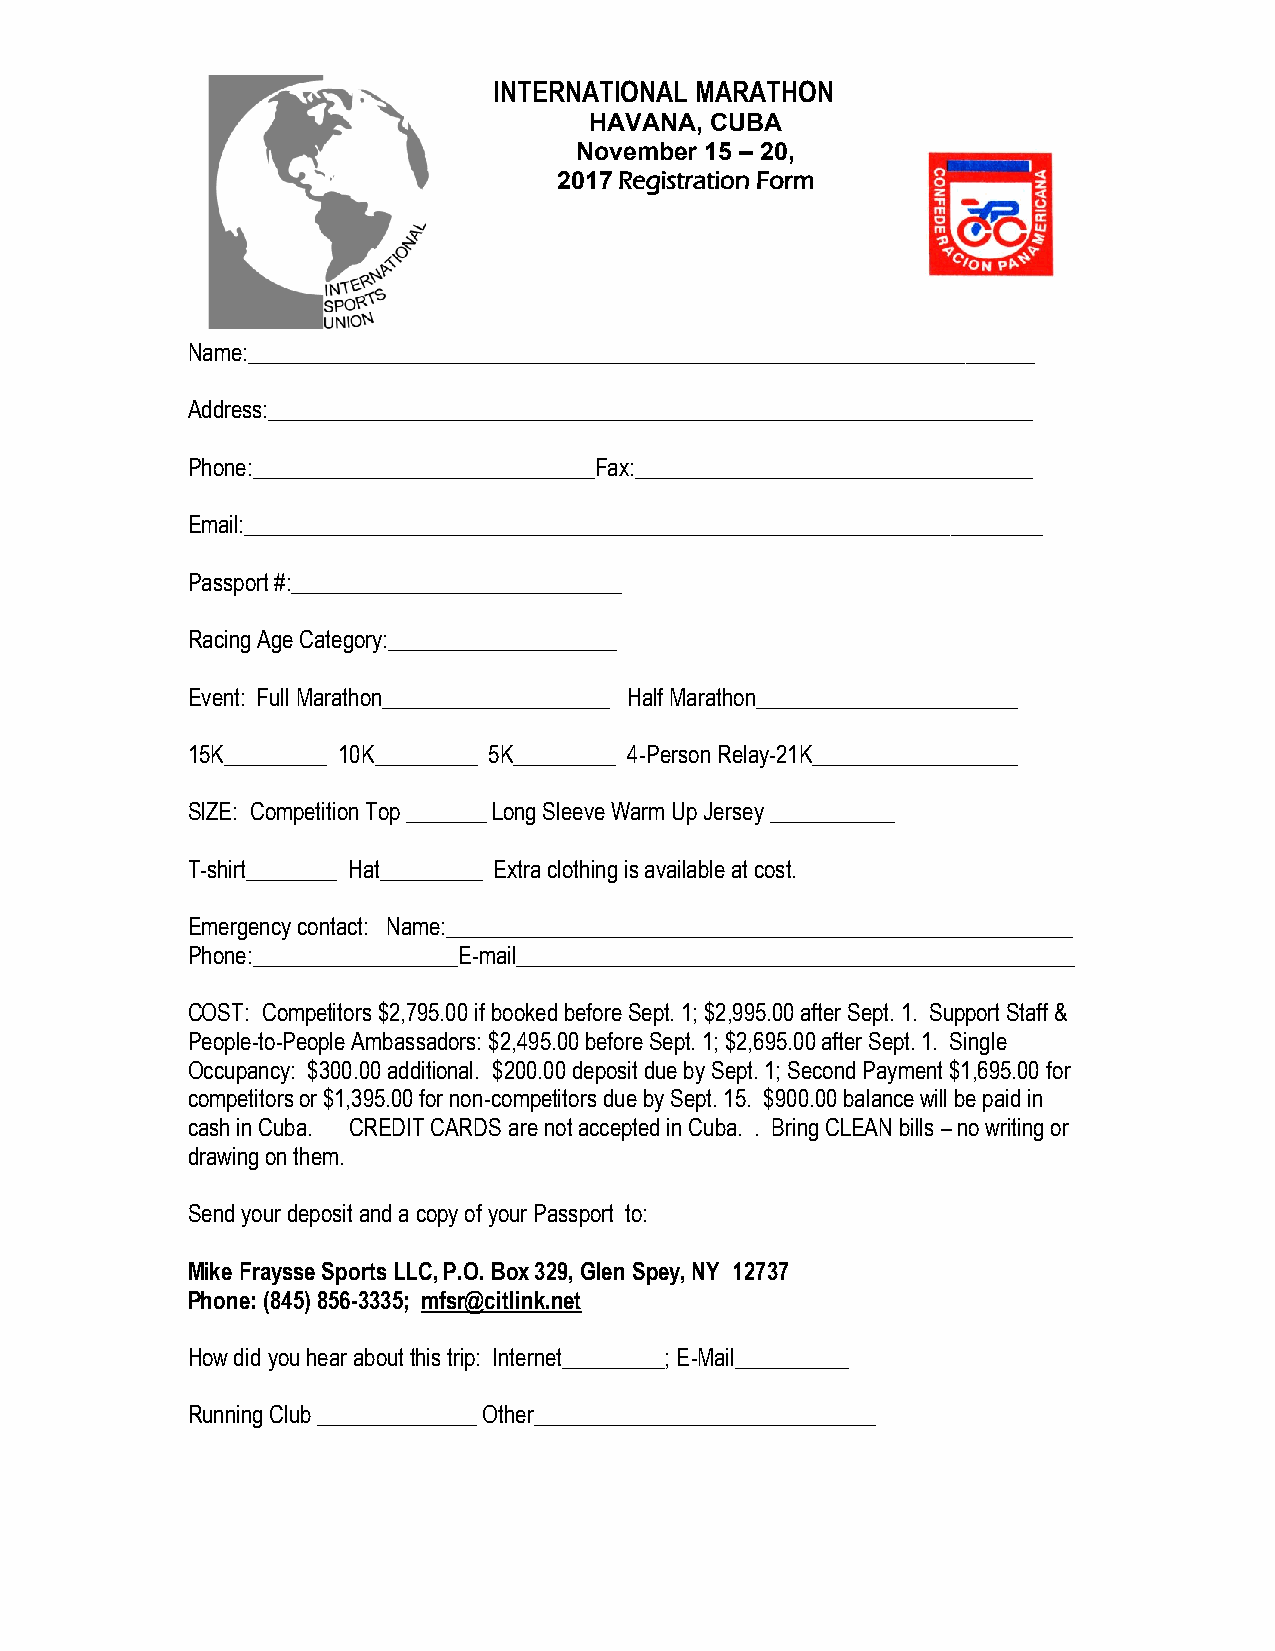
INTERNATIONAL MARATHON
 HAVANA, CUBA
 November 15 – 20,
 2017 Registration Form
 Name:_____________________________________________________________________
 Address:___________________________________________________________________
 Phone:______________________________Fax:___________________________________
 Email:______________________________________________________________________
 Passport #:_____________________________
 Racing Age Category:____________________
 Event: Full Marathon____________________ Half Marathon_______________________
 15K_________ 10K_________ 5K_________ 4-Person Relay-21K__________________
 SIZE: Competition Top _______ Long Sleeve Warm Up Jersey ___________
 T-shirt________ Hat_________ Extra clothing is available at cost.
 Emergency contact: Name:_______________________________________________________
 Phone:__________________E-mail_________________________________________________
 COST: Competitors $2,795.00 if booked before Sept. 1; $2,995.00 after Sept. 1. Support Staff &
 People-to-People Ambassadors: $2,495.00 before Sept. 1; $2,695.00 after Sept. 1. Single
 Occupancy: $300.00 additional. $200.00 deposit due by Sept. 1; Second Payment $1,695.00 for
 competitors or $1,395.00 for non-competitors due by Sept. 15. $900.00 balance will be paid in
 cash in Cuba. CREDIT CARDS are not accepted in Cuba. . Bring CLEAN bills – no writing or
 drawing on them.
 Send your deposit and a copy of your Passport to:
 Mike Fraysse Sports LLC, P.O. Box 329, Glen Spey, NY 12737
 Phone: (845) 856-3335; mfsr@citlink.net
 How did you hear about this trip: Internet_________; E-Mail__________
 Running Club ______________ Other______________________________